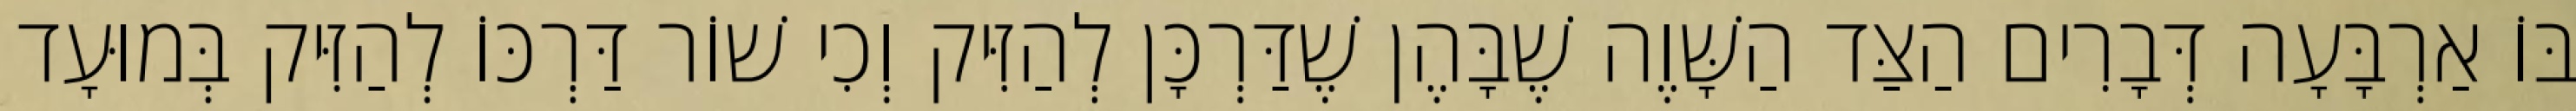
בּוֹ אַרְבָּעָה דְּבָרִים הַצַּד הַשָּׁוֶה שֶׁבָּהֶן שֶׁדַּרְכָּן לְהַזִּיק וְכִי שׁוֹר דַּרְכּוֹ לְהַזִּיק בְּמוּעָד